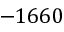
- 1 6 6 0